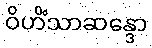
ဝိဟိံသာဆန္ဒော